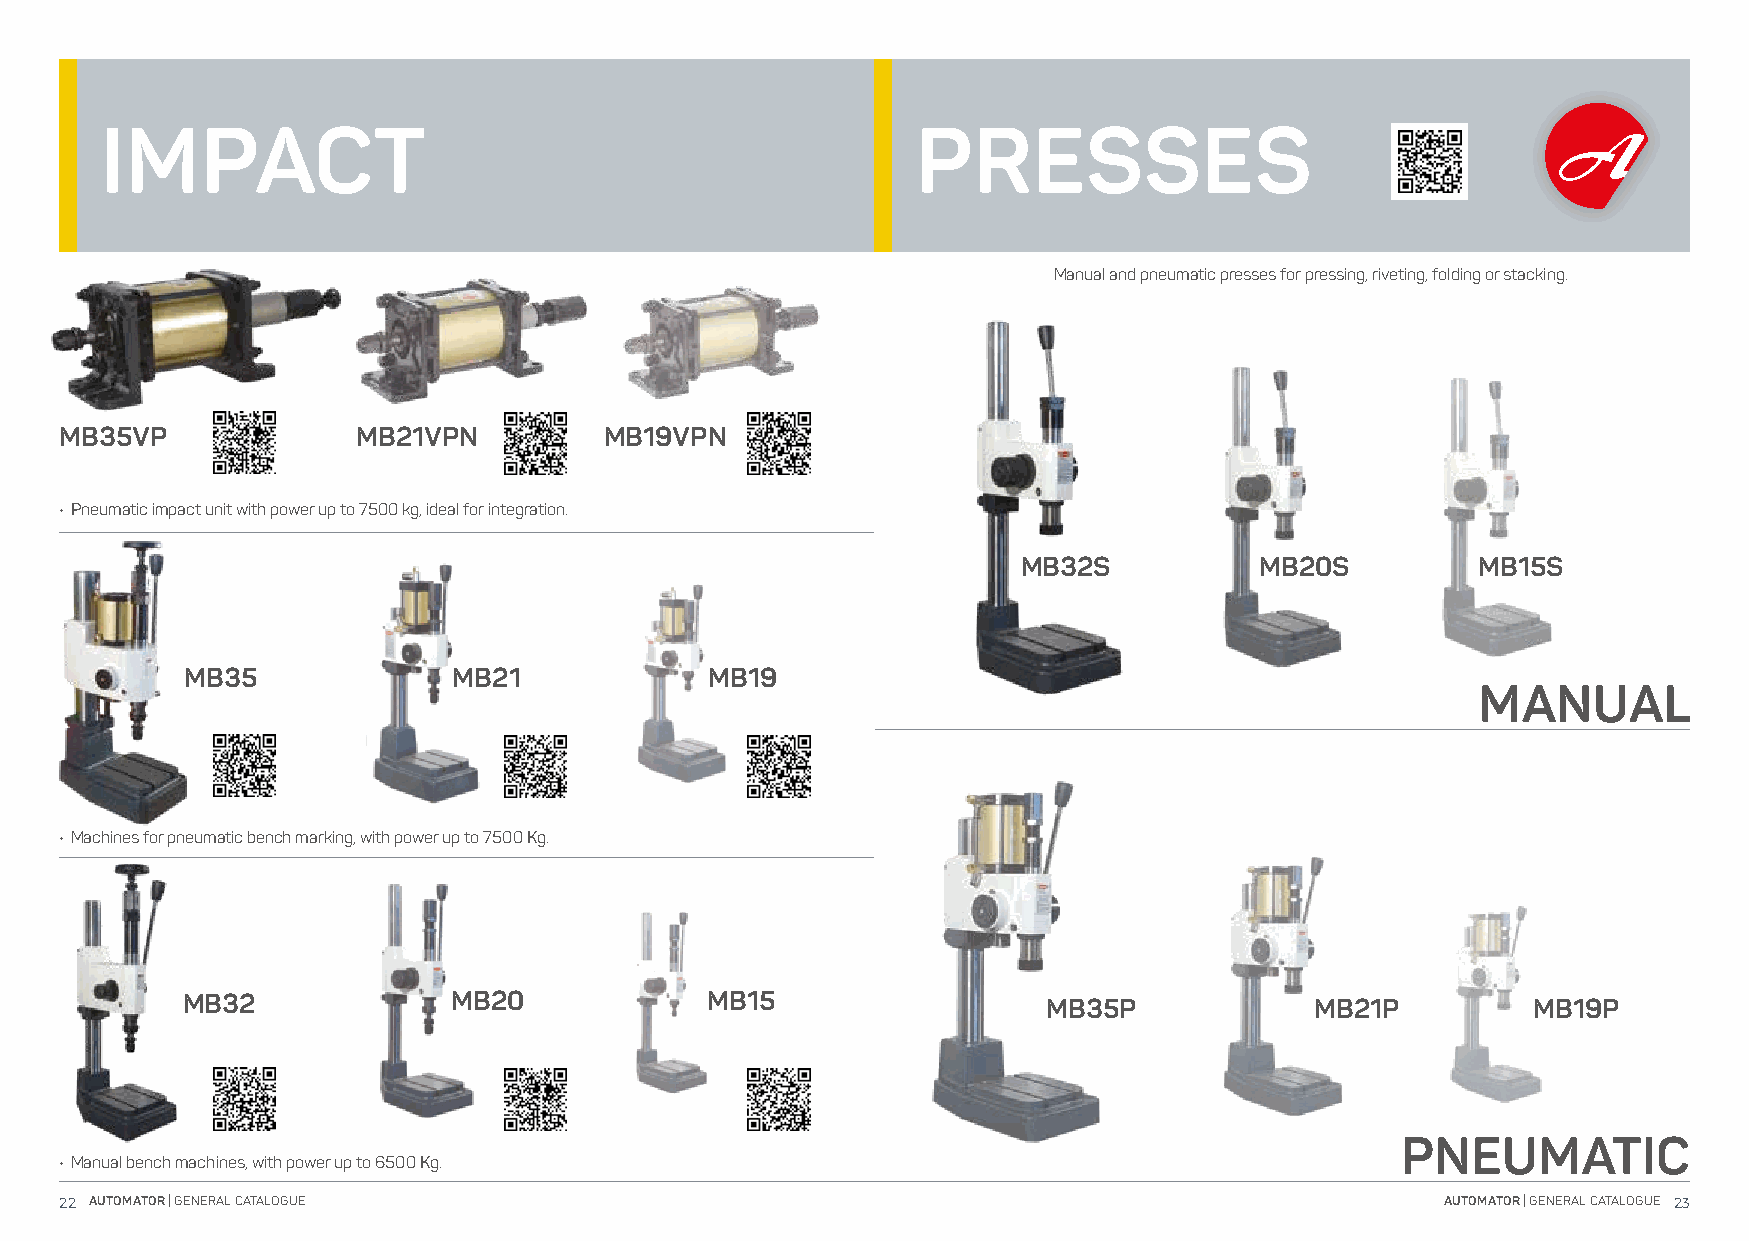
IMPACT                                                PRESSES
 Manual and pneumatic presses for pressing, riveting, folding or stacking.
 MB35VP              MB21VPN         MB19VPN
 • Pneumatic impact unit with power up to 7500 kg, ideal for integration.
 MB32S          MB20S          MB15S
 MB35              MB21             MB19
 MANUAL
 • Machines for pneumatic bench marking, with power up to 7500 Kg.
 MB32              MB20             MB15                  MB35P             MB21P         MB19P
 PNEUMATIC
 • Manual bench machines, with power up to 6500 Kg.
 22 AUTOMATOR | GENERAL CATALOGUE                                                            AUTOMATOR | GENERAL CATALOGUE 23